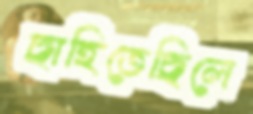
ছাহিতেছিলে